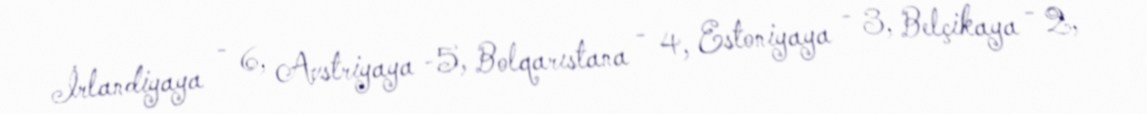
İrlandiyaya - 6, Avstriyaya -5, Bolqarıstana - 4, Estoniyaya - 3, Belçikaya - 2,